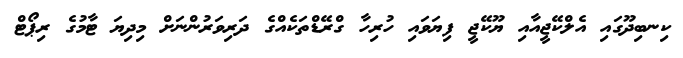
ކިނބިދޫގައި އެލްކޭޖީއާއި ޔޫކޭޖީ ފިޔަވައި ހުރިހާ ގްރޭޑްތަކެއްގެ ދަރިވަރުންނަށް މިދިޔަ ޓާމުގެ ރިޕޯޓް